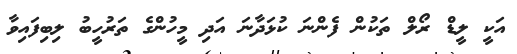
އަކީ ލީޑް ރޯލް ތަކުން ފެންނަ ކުޅަދާނަ އަދި މީހުންގެ ތަރުހީބު ލިބިފައިވާ